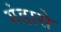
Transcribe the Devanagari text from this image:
गंडासे